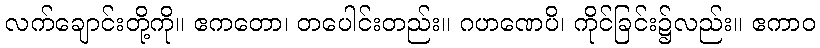
လက်ချောင်းတို့ကို။ ဧကတော၊ တပေါင်းတည်း။ ဂဟဏေပိ၊ ကိုင်ခြင်း၌လည်း။ ဧကာဝ